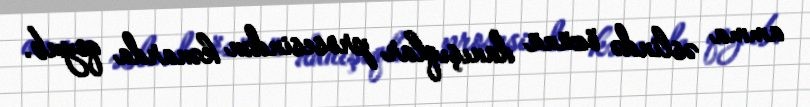
amma əslində özünü danışıqlar prosesindən kənarda qoyub.